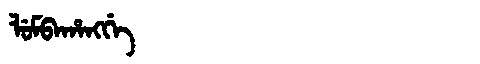
Manchu: ᠯᡠᠮᠪᠠᡥᠠᠩᡤᡝ
Romanization: LUMBAHANGGE